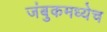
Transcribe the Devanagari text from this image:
जंबुकमध्येच